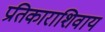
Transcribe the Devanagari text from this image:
प्रतिकाराशिवाय